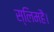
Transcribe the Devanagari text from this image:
स्लिमहै।